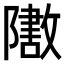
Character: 𬯟